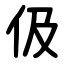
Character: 伋